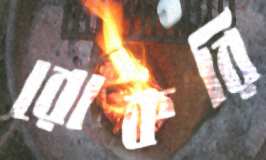
রোকরি